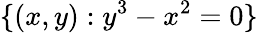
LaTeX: \{ (x,y):y^{3}-x^{2}=0\}